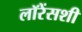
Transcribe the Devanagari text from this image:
लॉरेंसशी